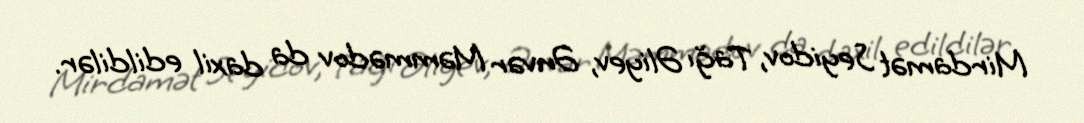
Mirdamət Seyidov, Tağı Əliyev, Ənvər Məmmədov da daxil edildilər.